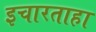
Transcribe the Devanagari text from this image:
इचारताहा